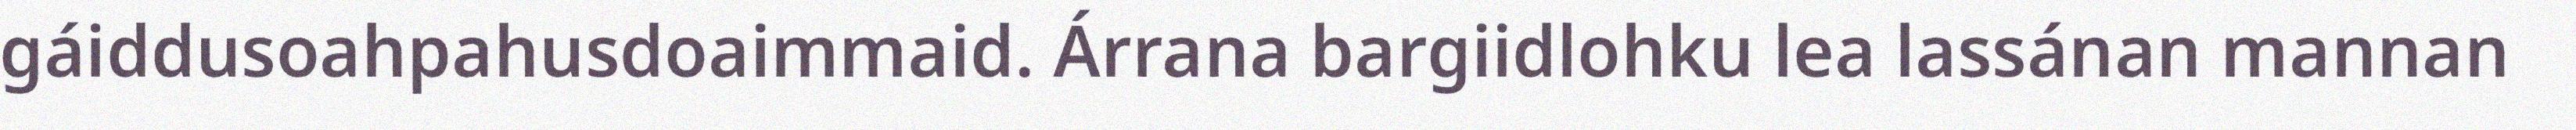
gáiddusoahpahusdoaimmaid. Árrana bargiidlohku lea lassánan mannan